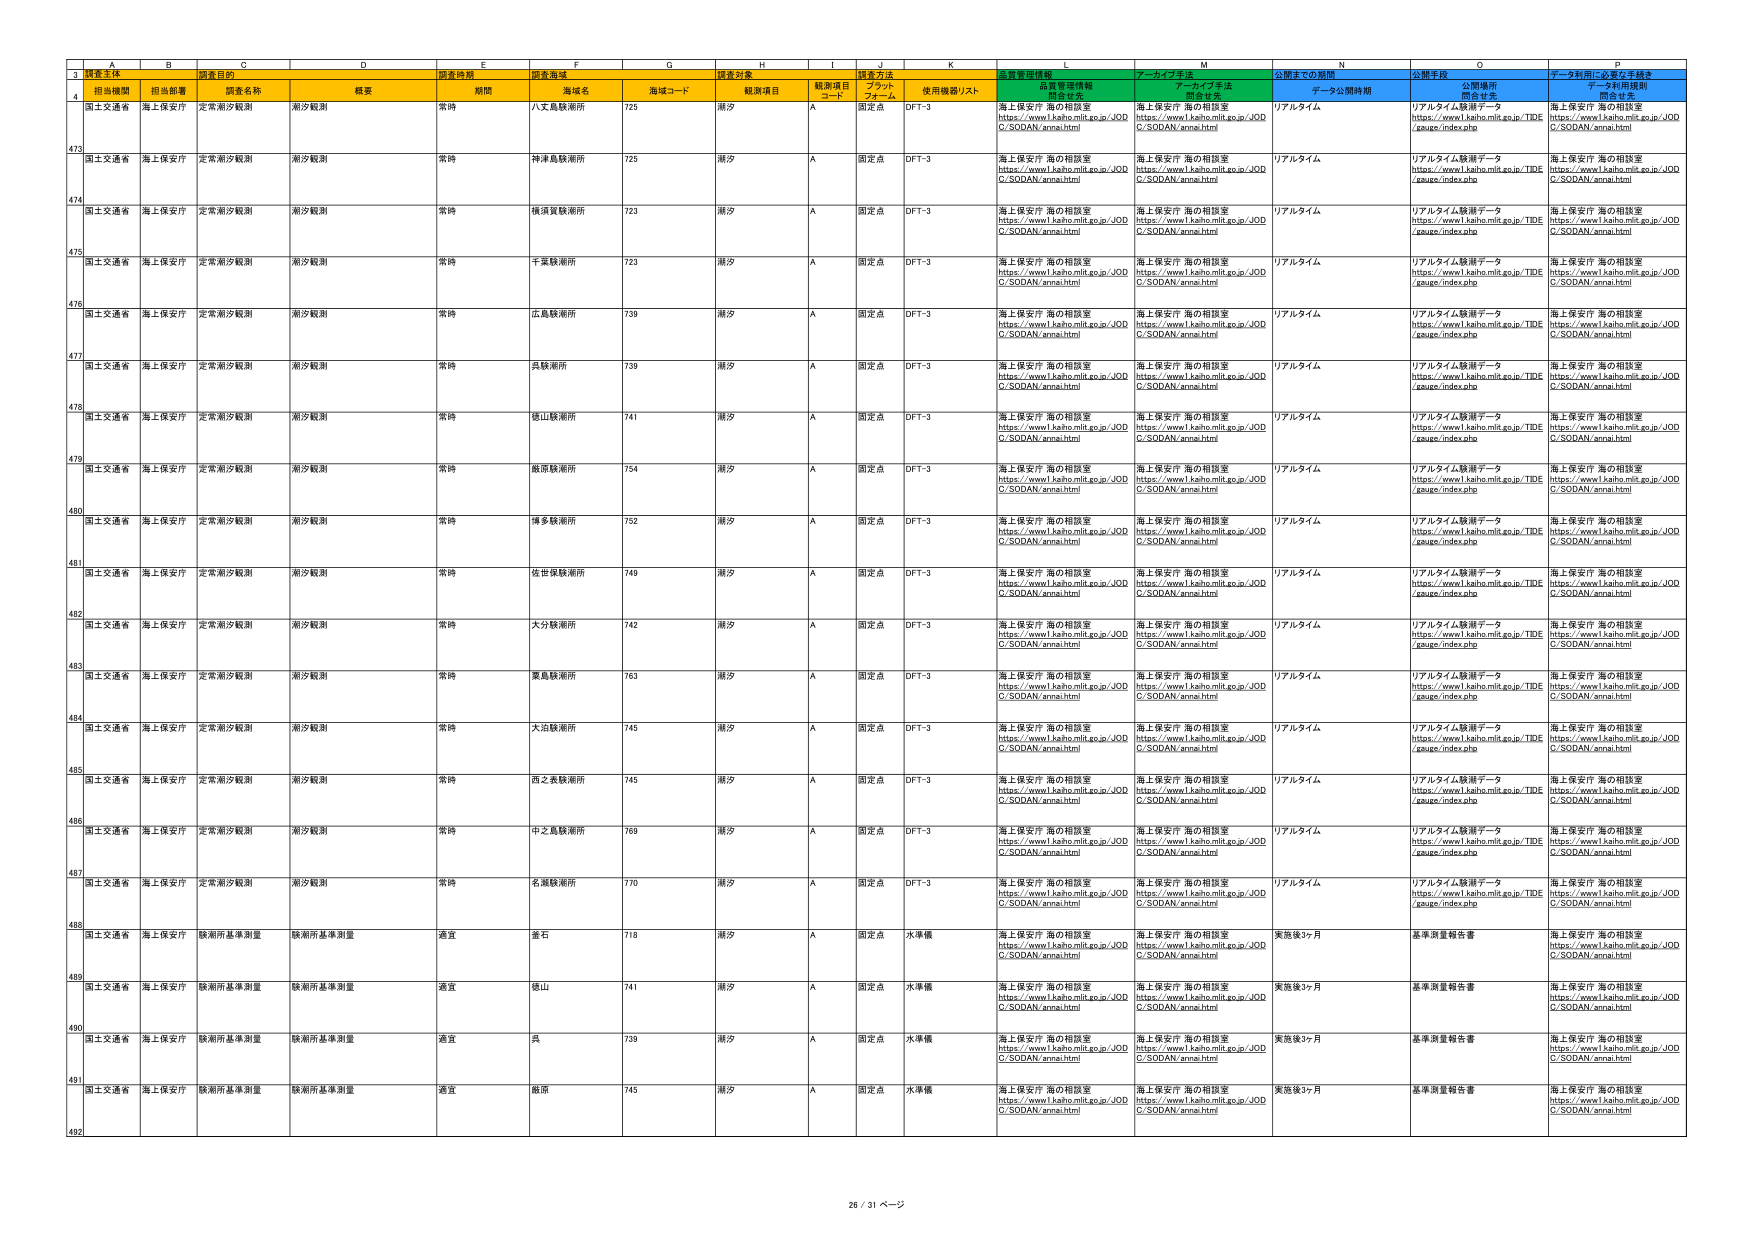
3 設置主体 設置対象 設置方法 データ利用規則
4 担当機関 担当部署 調査名称 概要 期間 海域名 海域コード 観測項目 観測項目 コード プラット フォーム 使用機器リスト 品質管理情報 アーカイブ手法 公開までの期間 データ公開期間 公開手段 データ利用に必要な手続き
473 国土交通省 海上保安庁 定常潮汐観測 潮汐観測 常時 八丈島観測所 725 潮汐 A 固定点 DFT-3 海上保安庁 海の相談室 https://www1.kaiko.mlit.go.jp/JOD C/SODAN/annai.html 海上保安庁 海の相談室 https://www1.kaiko.mlit.go.jp/JOD C/SODAN/annai.html リアルタイム リアルタイム観測データ https://www1.kaiko.mlit.go.jp/TIDE /gauge/index.php 海上保安庁 海の相談室 https://www1.kaiko.mlit.go.jp/JOD C/SODAN/annai.html
474 国土交通省 海上保安庁 定常潮汐観測 潮汐観測 常時 神津島観測所 725 潮汐 A 固定点 DFT-3 海上保安庁 海の相談室 https://www1.kaiko.mlit.go.jp/JOD C/SODAN/annai.html 海上保安庁 海の相談室 https://www1.kaiko.mlit.go.jp/JOD C/SODAN/annai.html リアルタイム リアルタイム観測データ https://www1.kaiko.mlit.go.jp/TIDE /gauge/index.php 海上保安庁 海の相談室 https://www1.kaiko.mlit.go.jp/JOD C/SODAN/annai.html
475 国土交通省 海上保安庁 定常潮汐観測 潮汐観測 常時 横須賀観測所 723 潮汐 A 固定点 DFT-3 海上保安庁 海の相談室 https://www1.kaiko.mlit.go.jp/JOD C/SODAN/annai.html 海上保安庁 海の相談室 https://www1.kaiko.mlit.go.jp/JOD C/SODAN/annai.html リアルタイム リアルタイム観測データ https://www1.kaiko.mlit.go.jp/TIDE /gauge/index.php 海上保安庁 海の相談室 https://www1.kaiko.mlit.go.jp/JOD C/SODAN/annai.html
476 国土交通省 海上保安庁 定常潮汐観測 潮汐観測 常時 千葉観測所 723 潮汐 A 固定点 DFT-3 海上保安庁 海の相談室 https://www1.kaiko.mlit.go.jp/JOD C/SODAN/annai.html 海上保安庁 海の相談室 https://www1.kaiko.mlit.go.jp/JOD C/SODAN/annai.html リアルタイム リアルタイム観測データ https://www1.kaiko.mlit.go.jp/TIDE /gauge/index.php 海上保安庁 海の相談室 https://www1.kaiko.mlit.go.jp/JOD C/SODAN/annai.html
477 国土交通省 海上保安庁 定常潮汐観測 潮汐観測 常時 広島観測所 739 潮汐 A 固定点 DFT-3 海上保安庁 海の相談室 https://www1.kaiko.mlit.go.jp/JOD C/SODAN/annai.html 海上保安庁 海の相談室 https://www1.kaiko.mlit.go.jp/JOD C/SODAN/annai.html リアルタイム リアルタイム観測データ https://www1.kaiko.mlit.go.jp/TIDE /gauge/index.php 海上保安庁 海の相談室 https://www1.kaiko.mlit.go.jp/JOD C/SODAN/annai.html
478 国土交通省 海上保安庁 定常潮汐観測 潮汐観測 常時 呉観測所 739 潮汐 A 固定点 DFT-3 海上保安庁 海の相談室 https://www1.kaiko.mlit.go.jp/JOD C/SODAN/annai.html 海上保安庁 海の相談室 https://www1.kaiko.mlit.go.jp/JOD C/SODAN/annai.html リアルタイム リアルタイム観測データ https://www1.kaiko.mlit.go.jp/TIDE /gauge/index.php 海上保安庁 海の相談室 https://www1.kaiko.mlit.go.jp/JOD C/SODAN/annai.html
479 国土交通省 海上保安庁 定常潮汐観測 潮汐観測 常時 徳山観測所 741 潮汐 A 固定点 DFT-3 海上保安庁 海の相談室 https://www1.kaiko.mlit.go.jp/JOD C/SODAN/annai.html 海上保安庁 海の相談室 https://www1.kaiko.mlit.go.jp/JOD C/SODAN/annai.html リアルタイム リアルタイム観測データ https://www1.kaiko.mlit.go.jp/TIDE /gauge/index.php 海上保安庁 海の相談室 https://www1.kaiko.mlit.go.jp/JOD C/SODAN/annai.html
480 国土交通省 海上保安庁 定常潮汐観測 潮汐観測 常時 飯野観測所 754 潮汐 A 固定点 DFT-3 海上保安庁 海の相談室 https://www1.kaiko.mlit.go.jp/JOD C/SODAN/annai.html 海上保安庁 海の相談室 https://www1.kaiko.mlit.go.jp/JOD C/SODAN/annai.html リアルタイム リアルタイム観測データ https://www1.kaiko.mlit.go.jp/TIDE /gauge/index.php 海上保安庁 海の相談室 https://www1.kaiko.mlit.go.jp/JOD C/SODAN/annai.html
481 国土交通省 海上保安庁 定常潮汐観測 潮汐観測 常時 博多観測所 752 潮汐 A 固定点 DFT-3 海上保安庁 海の相談室 https://www1.kaiko.mlit.go.jp/JOD C/SODAN/annai.html 海上保安庁 海の相談室 https://www1.kaiko.mlit.go.jp/JOD C/SODAN/annai.html リアルタイム リアルタイム観測データ https://www1.kaiko.mlit.go.jp/TIDE /gauge/index.php 海上保安庁 海の相談室 https://www1.kaiko.mlit.go.jp/JOD C/SODAN/annai.html
482 国土交通省 海上保安庁 定常潮汐観測 潮汐観測 常時 佐世保観測所 749 潮汐 A 固定点 DFT-3 海上保安庁 海の相談室 https://www1.kaiko.mlit.go.jp/JOD C/SODAN/annai.html 海上保安庁 海の相談室 https://www1.kaiko.mlit.go.jp/JOD C/SODAN/annai.html リアルタイム リアルタイム観測データ https://www1.kaiko.mlit.go.jp/TIDE /gauge/index.php 海上保安庁 海の相談室 https://www1.kaiko.mlit.go.jp/JOD C/SODAN/annai.html
483 国土交通省 海上保安庁 定常潮汐観測 潮汐観測 常時 大分観測所 742 潮汐 A 固定点 DFT-3 海上保安庁 海の相談室 https://www1.kaiko.mlit.go.jp/JOD C/SODAN/annai.html 海上保安庁 海の相談室 https://www1.kaiko.mlit.go.jp/JOD C/SODAN/annai.html リアルタイム リアルタイム観測データ https://www1.kaiko.mlit.go.jp/TIDE /gauge/index.php 海上保安庁 海の相談室 https://www1.kaiko.mlit.go.jp/JOD C/SODAN/annai.html
484 国土交通省 海上保安庁 定常潮汐観測 潮汐観測 常時 東島観測所 763 潮汐 A 固定点 DFT-3 海上保安庁 海の相談室 https://www1.kaiko.mlit.go.jp/JOD C/SODAN/annai.html 海上保安庁 海の相談室 https://www1.kaiko.mlit.go.jp/JOD C/SODAN/annai.html リアルタイム リアルタイム観測データ https://www1.kaiko.mlit.go.jp/TIDE /gauge/index.php 海上保安庁 海の相談室 https://www1.kaiko.mlit.go.jp/JOD C/SODAN/annai.html
485 国土交通省 海上保安庁 定常潮汐観測 潮汐観測 常時 大泊観測所 745 潮汐 A 固定点 DFT-3 海上保安庁 海の相談室 https://www1.kaiko.mlit.go.jp/JOD C/SODAN/annai.html 海上保安庁 海の相談室 https://www1.kaiko.mlit.go.jp/JOD C/SODAN/annai.html リアルタイム リアルタイム観測データ https://www1.kaiko.mlit.go.jp/TIDE /gauge/index.php 海上保安庁 海の相談室 https://www1.kaiko.mlit.go.jp/JOD C/SODAN/annai.html
486 国土交通省 海上保安庁 定常潮汐観測 潮汐観測 常時 西之表観測所 745 潮汐 A 固定点 DFT-3 海上保安庁 海の相談室 https://www1.kaiko.mlit.go.jp/JOD C/SODAN/annai.html 海上保安庁 海の相談室 https://www1.kaiko.mlit.go.jp/JOD C/SODAN/annai.html リアルタイム リアルタイム観測データ https://www1.kaiko.mlit.go.jp/TIDE /gauge/index.php 海上保安庁 海の相談室 https://www1.kaiko.mlit.go.jp/JOD C/SODAN/annai.html
487 国土交通省 海上保安庁 定常潮汐観測 潮汐観測 常時 中之島観測所 769 潮汐 A 固定点 DFT-3 海上保安庁 海の相談室 https://www1.kaiko.mlit.go.jp/JOD C/SODAN/annai.html 海上保安庁 海の相談室 https://www1.kaiko.mlit.go.jp/JOD C/SODAN/annai.html リアルタイム リアルタイム観測データ https://www1.kaiko.mlit.go.jp/TIDE /gauge/index.php 海上保安庁 海の相談室 https://www1.kaiko.mlit.go.jp/JOD C/SODAN/annai.html
488 国土交通省 海上保安庁 定常潮汐観測 潮汐観測 常時 名瀬観測所 770 潮汐 A 固定点 DFT-3 海上保安庁 海の相談室 https://www1.kaiko.mlit.go.jp/JOD C/SODAN/annai.html 海上保安庁 海の相談室 https://www1.kaiko.mlit.go.jp/JOD C/SODAN/annai.html リアルタイム リアルタイム観測データ https://www1.kaiko.mlit.go.jp/TIDE /gauge/index.php 海上保安庁 海の相談室 https://www1.kaiko.mlit.go.jp/JOD C/SODAN/annai.html
489 国土交通省 海上保安庁 観測所基準測量 観測所基準測量 適宜 金石 718 潮汐 A 固定点 水準標 海上保安庁 海の相談室 https://www1.kaiko.mlit.go.jp/JOD C/SODAN/annai.html 海上保安庁 海の相談室 https://www1.kaiko.mlit.go.jp/JOD C/SODAN/annai.html 実施後3ヶ月 基準測量報告書 海上保安庁 海の相談室 https://www1.kaiko.mlit.go.jp/JOD C/SODAN/annai.html
490 国土交通省 海上保安庁 観測所基準測量 観測所基準測量 適宜 徳山 741 潮汐 A 固定点 水準標 海上保安庁 海の相談室 https://www1.kaiko.mlit.go.jp/JOD C/SODAN/annai.html 海上保安庁 海の相談室 https://www1.kaiko.mlit.go.jp/JOD C/SODAN/annai.html 実施後3ヶ月 基準測量報告書 海上保安庁 海の相談室 https://www1.kaiko.mlit.go.jp/JOD C/SODAN/annai.html
491 国土交通省 海上保安庁 観測所基準測量 観測所基準測量 適宜 呉 739 潮汐 A 固定点 水準標 海上保安庁 海の相談室 https://www1.kaiko.mlit.go.jp/JOD C/SODAN/annai.html 海上保安庁 海の相談室 https://www1.kaiko.mlit.go.jp/JOD C/SODAN/annai.html 実施後3ヶ月 基準測量報告書 海上保安庁 海の相談室 https://www1.kaiko.mlit.go.jp/JOD C/SODAN/annai.html
492 国土交通省 海上保安庁 観測所基準測量 観測所基準測量 適宜 飯原 745 潮汐 A 固定点 水準標 海上保安庁 海の相談室 https://www1.kaiko.mlit.go.jp/JOD C/SODAN/annai.html 海上保安庁 海の相談室 https://www1.kaiko.mlit.go.jp/JOD C/SODAN/annai.html 実施後3ヶ月 基準測量報告書 海上保安庁 海の相談室 https://www1.kaiko.mlit.go.jp/JOD C/SODAN/annai.html
26 / 31 ページ